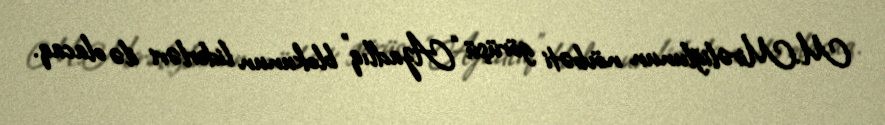
M.Mirəliğlunun növbəti görüşü “Azadlıq” blokunun liderləri ilə olacaq.